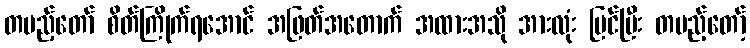
တပည့်တော် စိတ်ကြိုက်ရအောင် အဖြတ်အတောက် အထားအသို အားလုံး ပြင်ပြီး တပည့်တော့်